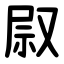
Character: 叞